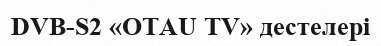
DVB-S2 «OTAU TV» дестелері